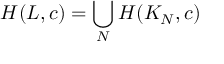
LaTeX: H ( L , c ) = \bigcup _ { N } H ( K _ { N } , c )